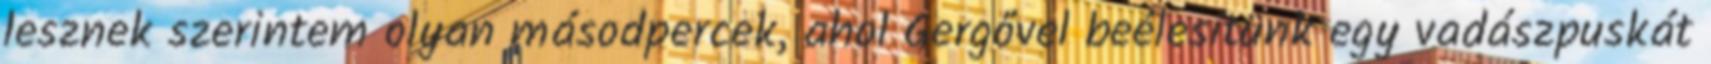
lesznek szerintem olyan másodpercek, ahol Gergővel beélesítünk egy vadászpuskát